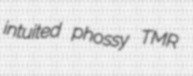
intuited phossy TMR